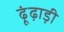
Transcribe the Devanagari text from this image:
ढ़ूंढ़ाड़ी